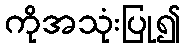
ကိုအသုံးပြု၍